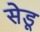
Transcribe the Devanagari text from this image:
सेडू